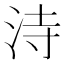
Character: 洔